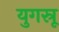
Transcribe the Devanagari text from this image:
युगस्रू